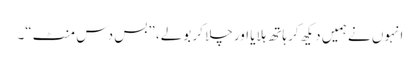
انہوں نے ہمیں دیکھ کر ہاتھ ہلایا اور چلا کر بولے، ”بس دس منٹ“۔